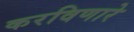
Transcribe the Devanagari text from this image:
करविणारे